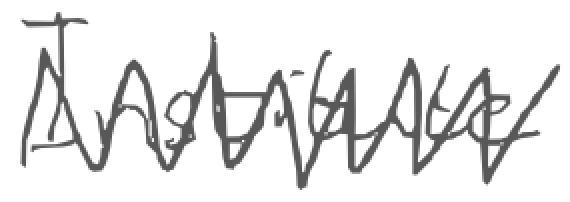
Text: Institute
Cross-out: zig-zag
Writing tool: digital_gray